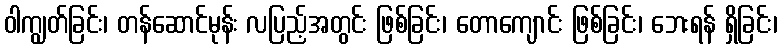
ဝါကျွတ်ခြင်း၊ တန်ဆောင်မုန်း လပြည့်အတွင်း ဖြစ်ခြင်း၊ တောကျောင်း ဖြစ်ခြင်း၊ ဘေးရန် ရှိခြင်း၊